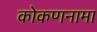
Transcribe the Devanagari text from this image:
कोकणनामा